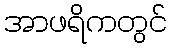
အာဖရိကတွင်